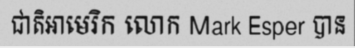
ជាតិអាមេរិក លោក Mark Esper បាន